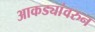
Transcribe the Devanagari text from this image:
आकड्यांवरुन